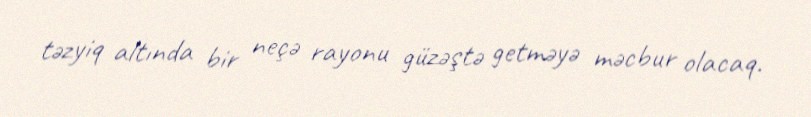
təzyiq altında bir neçə rayonu güzəştə getməyə məcbur olacaq.